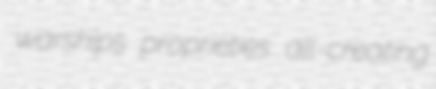
warships proprieties all-creating